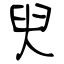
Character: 臾